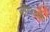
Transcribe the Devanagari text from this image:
जागिरदारों